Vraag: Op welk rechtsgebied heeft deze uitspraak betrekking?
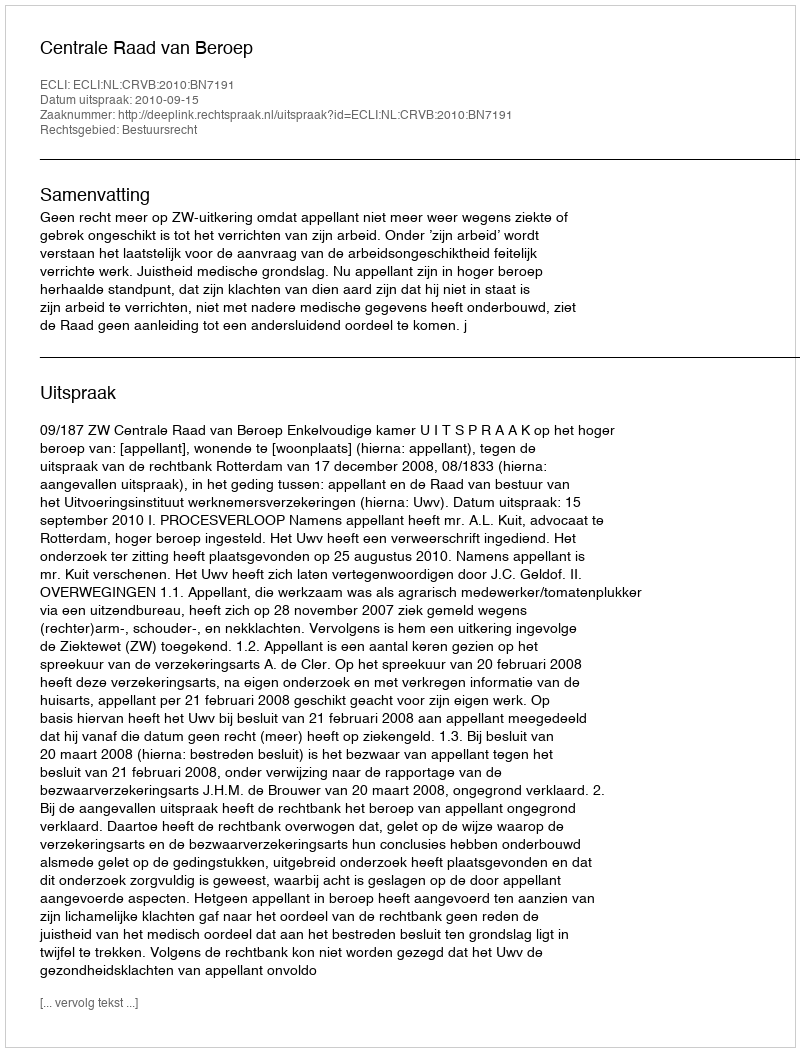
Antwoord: Bestuursrecht